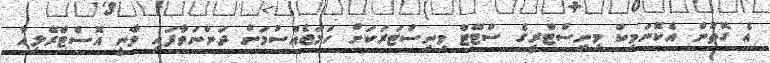
އެ ގޮތުން އެކޮނަމިކް މިނިސްޓްރީގެ ސްޓޭޓް މިނިސްޓަރަކަށް ހަމަޖެއްސުމަށް ދަންނަވާފައި ވާނީ އޮސްޓްރޭލިއާ